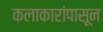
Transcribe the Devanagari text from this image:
कलाकारांपासून